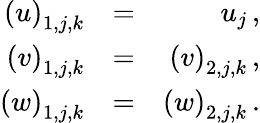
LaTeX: \begin{array}{rlr}{{\left(u\right)_{1,j,k}}}&{{=}}&{{u_{j}\, \mathrm{,}}}\\ {{\left(v\right)_{1,j,k}}}&{{=}}&{{\left(v\right)_{2,j,k}\, \mathrm{,}}}\\ {{\left(w\right)_{1,j,k}}}&{{=}}&{{\left(w\right)_{2,j,k}\, \mathrm{.}}}\end{array}